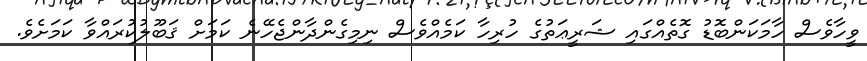
ވީހާވެސް ހާމަކަންބޮޑު ގޮތެއްގައި ޝަރީޢަތުގެ ހުރިހާ ކަމެއްވެސް ނިމިގެންދާންޖެހޭނެ ކަމަށް ޤަބޫލުކުރައްވާ ކަމަށެވެ.